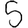
Digit: 5